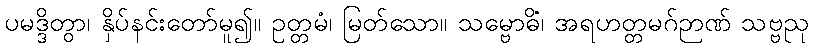
ပမဒ္ဒိတွာ၊ နှိပ်နင်းတော်မူ၍။ ဥတ္တမံ၊ မြတ်သော။ သမ္ဗောဓိံ၊ အရဟတ္တမဂ်ဉာဏ် သဗ္ဗညု